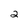
Character: 2